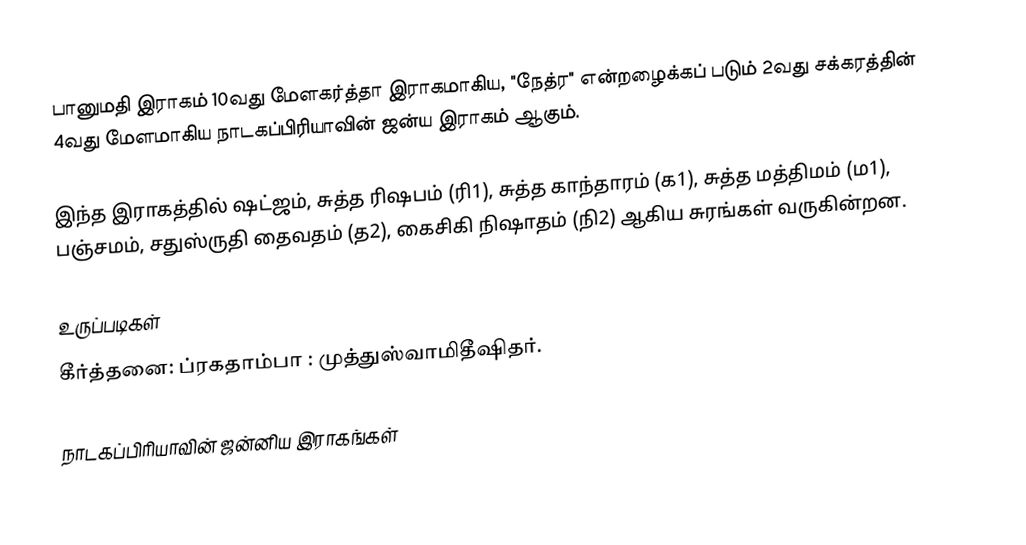
பானுமதி இராகம் 10வது மேளகர்த்தா இராகமாகிய, "நேத்ர" என்றழைக்கப் படும் 2வது சக்கரத்தின் 4வது மேளமாகிய நாடகப்பிரியாவின் ஜன்ய இராகம் ஆகும்.

இந்த இராகத்தில் ஷட்ஜம், சுத்த ரிஷபம் (ரி1),  சுத்த காந்தாரம் (க1), சுத்த மத்திமம் (ம1), பஞ்சமம்,  சதுஸ்ருதி தைவதம் (த2), கைசிகி நிஷாதம்  (நி2) ஆகிய சுரங்கள் வருகின்றன.

உருப்படிகள்
 கீர்த்தனை: ப்ரகதாம்பா : முத்துஸ்வாமிதீஷிதர்.

நாடகப்பிரியாவின் ஜன்னிய இராகங்கள்